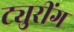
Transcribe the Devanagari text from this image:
ट्युरींग